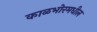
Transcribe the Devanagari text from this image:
काळभोरमधील